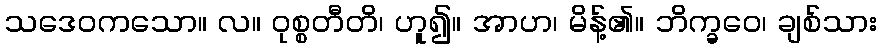
သဒေဝကသော။ လ။ ဝုစ္စတီတိ၊ ဟူ၍။ အာဟ၊ မိန့်၏။ ဘိက္ခဝေ၊ ချစ်သား